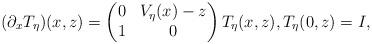
LaTeX: \begin{align*}(\partial_x T_\eta)(x,z) = \begin{pmatrix} 0 & V_\eta(x) - z \\ 1 & 0 \end{pmatrix} T_\eta(x,z), T_\eta(0,z) = I,\end{align*}